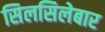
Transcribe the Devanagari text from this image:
सिलसिलेबार